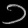
Digit: ၁